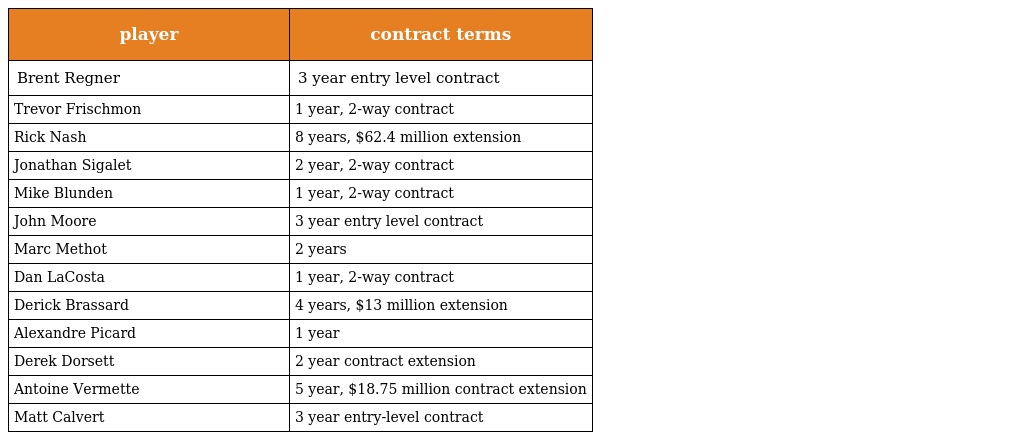
| player | contract terms |
 | --- | --- |
 | Brent Regner | 3 year entry level contract |
 | Trevor Frischmon | 1 year, 2-way contract |
 | Rick Nash | 8 years, $62.4 million extension |
 | Jonathan Sigalet | 2 year, 2-way contract |
 | Mike Blunden | 1 year, 2-way contract |
 | John Moore | 3 year entry level contract |
 | Marc Methot | 2 years |
 | Dan LaCosta | 1 year, 2-way contract |
 | Derick Brassard | 4 years, $13 million extension |
 | Alexandre Picard | 1 year |
 | Derek Dorsett | 2 year contract extension |
 | Antoine Vermette | 5 year, $18.75 million contract extension |
 | Matt Calvert | 3 year entry-level contract |